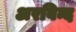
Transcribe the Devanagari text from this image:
अरबिन्द